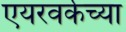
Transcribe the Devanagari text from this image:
एयरवर्कच्या